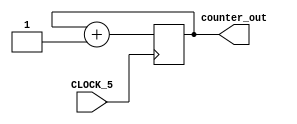
//It has a single clock input and a 32-bit output port
module simple_counter (
   CLOCK_5,
   counter_out
);

	input             CLOCK_5;
   output reg [31:0] counter_out;


	always @ (posedge CLOCK_5)
		begin
         counter_out <= counter_out + 1;
		end

endmodule